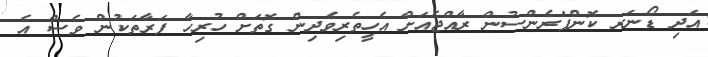
އަދި ޑޯނަރ ކޮންފަރެންސުން ރާއްޖެއަށް އެހީތެރިވެދިން ގޮތަށް ހުރިހާ ފަރާތަކުން ވެސް އެ